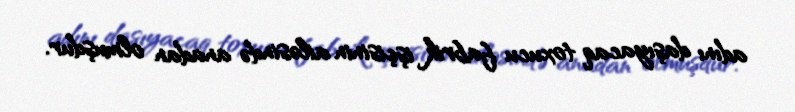
adını daşıyacaq toxucu fabrik işçisinin ailəsində anadan olmuşdur.